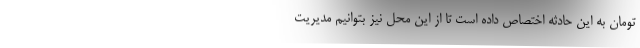
تومان به این حادثه اختصاص داده است تا از این محل نیز بتوانیم مدیریت